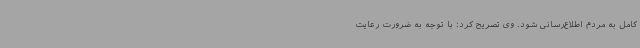
کامل به مردم اطلاع‌رسانی شود. وی تصریح کرد: با توجه به ضرورت رعایت